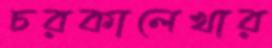
চরকালেখার